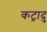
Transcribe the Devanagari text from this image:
कट्रादु